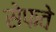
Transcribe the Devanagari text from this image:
सेफवे